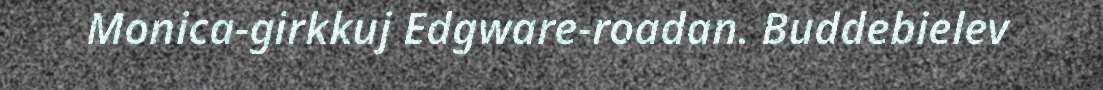
Monica-girkkuj Edgware-roadan. Buddebielev